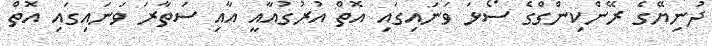
ދުނިޔޭގެ ރޭންކިންގްގެ ސޯޅަ ވަނައިގައި އޮތް އުރުގުއާއީ އާއި ސަތާރަ ވަނައިގައި އޮތް